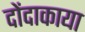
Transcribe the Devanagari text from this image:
दोंदाकाया